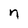
Character: n